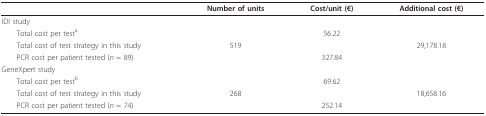
<table><thead><tr><td></td><td><b>Number of units</b></td><td><b>Cost/unit (€)</b></td><td><b>Additional cost (€)</b></td></tr></thead><tbody><tr><td>IDI study</td><td></td><td></td><td></td></tr><tr><td> Total cost per test<sup>a</sup></td><td></td><td>56.22</td><td></td></tr><tr><td> Total cost of test strategy in this study</td><td>519</td><td></td><td>29,178.18</td></tr><tr><td> PCR cost per patient tested (<i>n </i>= 89)</td><td></td><td>327.84</td><td></td></tr><tr><td>GeneXpert study</td><td></td><td></td><td></td></tr><tr><td> Total cost per test<sup>b</sup></td><td></td><td>69.62</td><td></td></tr><tr><td> Total cost of test strategy in this study</td><td>268</td><td></td><td>18,658.16</td></tr><tr><td> PCR cost per patient tested (<i>n </i>= 74)</td><td></td><td>252.14</td><td></td></tr></tbody></table>